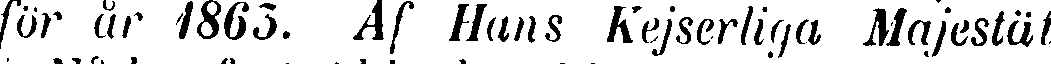
för år 1865. Af Hans Kejserliga Majestät